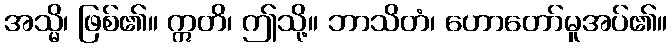
အသ္မိ၊ ဖြစ်၏။ ဣတိ၊ ဤသို့။ ဘာသိတံ၊ ဟောတော်မူအပ်၏။